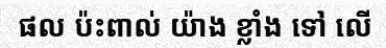
ផល ប៉ះពាល់ យ៉ាង ខ្លាំង ទៅ លើ